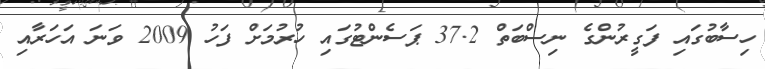
ހިސާބުގައި ފަގީރުންގެ ނިސްބަތް 37.2 ޕަސެންޓުގައި ހުރުމަށް ފަހު 2009 ވަނަ އަހަރާއި